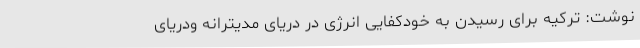
نوشت: ترکیه برای رسیدن به خودکفایی انرژی در دریای مدیترانه ودریای